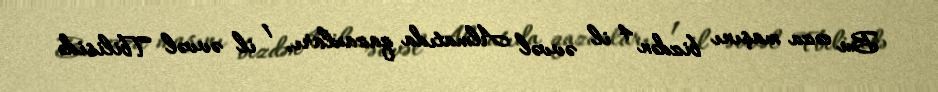
Bu cəza maşını bizdən 4 il əvvəl Almatıda qazaxları, 1 il əvvəl Tbilisidə